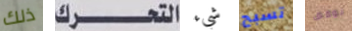
ذلك التحرك شيء تسبح نوقف